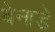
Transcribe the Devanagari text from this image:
बेनाडे